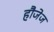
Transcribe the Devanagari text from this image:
हौजेज